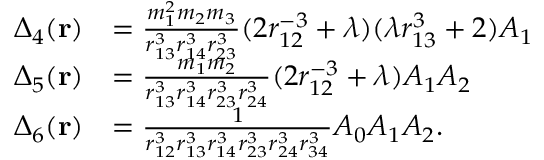
\begin{array} { r l } { \Delta _ { 4 } ( \mathbf { r } ) } & { = \frac { m _ { 1 } ^ { 2 } m _ { 2 } m _ { 3 } } { r _ { 1 3 } ^ { 3 } r _ { 1 4 } ^ { 3 } r _ { 2 3 } ^ { 3 } } ( 2 r _ { 1 2 } ^ { - 3 } + \lambda ) ( \lambda r _ { 1 3 } ^ { 3 } + 2 ) A _ { 1 } } \\ { \Delta _ { 5 } ( \mathbf { r } ) } & { = \frac { m _ { 1 } m _ { 2 } } { r _ { 1 3 } ^ { 3 } r _ { 1 4 } ^ { 3 } r _ { 2 3 } ^ { 3 } r _ { 2 4 } ^ { 3 } } ( 2 r _ { 1 2 } ^ { - 3 } + \lambda ) A _ { 1 } A _ { 2 } } \\ { \Delta _ { 6 } ( \mathbf { r } ) } & { = \frac { 1 } { r _ { 1 2 } ^ { 3 } r _ { 1 3 } ^ { 3 } r _ { 1 4 } ^ { 3 } r _ { 2 3 } ^ { 3 } r _ { 2 4 } ^ { 3 } r _ { 3 4 } ^ { 3 } } A _ { 0 } A _ { 1 } A _ { 2 } . } \end{array}